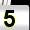
Digit: 5